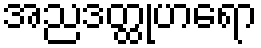
အညဒတ္ထုဟရော